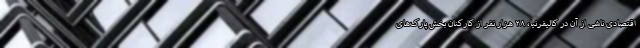
اقتصادی ناشی از آن در کالیفرنیا، ۲۸ هزار نفر از کارکنان بخش پارک‌های